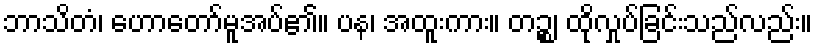
ဘာသိတံ၊ ဟောတော်မူအပ်၏။ ပန၊ အထူးကား။ တဉ္စ၊ ထိုလှုပ်ခြင်းသည်လည်း။